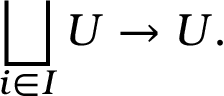
\bigsqcup _ { i \in I } U \to U .